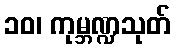
၁၀၊ ကုမ္ဘဏ္ဍသုတ်